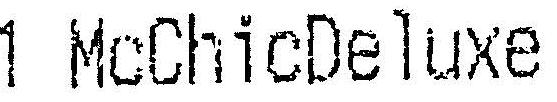
1 MCCHICDELUXE